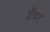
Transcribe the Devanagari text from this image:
डैंपर